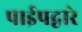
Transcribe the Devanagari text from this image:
पाईपद्वारे